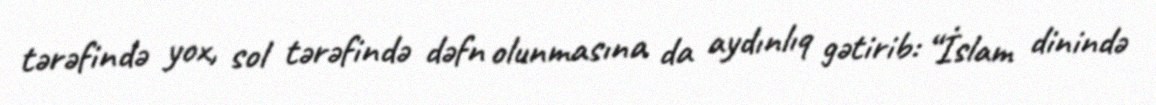
tərəfində yox, sol tərəfində dəfn olunmasına da aydınlıq gətirib: “İslam dinində